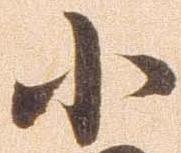
小